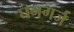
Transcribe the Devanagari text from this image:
घनगर्ज